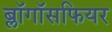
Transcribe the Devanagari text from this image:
ब्लॉगॉसफियर